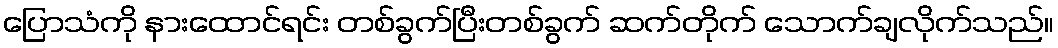
ပြောသံကို နားထောင်ရင်း တစ်ခွက်ပြီးတစ်ခွက် ဆက်တိုက် သောက်ချလိုက်သည်။